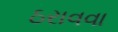
ઠરાવવા